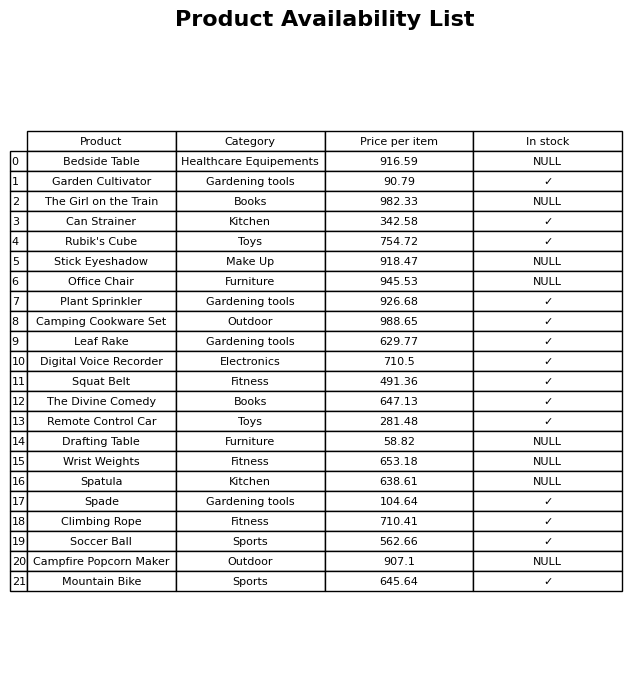
question: What is the price of the Spatula?
answer: The price of Spatula is 638.61.